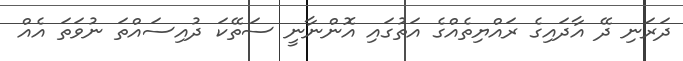
ދަރަނި ދޭ އާދައިގެ ރައްޔިތެއްގެ އަތުގައި އޮންނާނީ ސަތޭކަ ދުއިސައްތަ ނުވަތަ އެއް